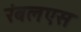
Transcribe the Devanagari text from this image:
रंबलएस